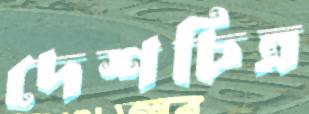
দেশচিত্র